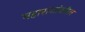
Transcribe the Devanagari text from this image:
महाराजांवरील